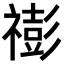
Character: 𥛻